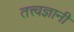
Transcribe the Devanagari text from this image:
तत्त्‍वज्ञानी